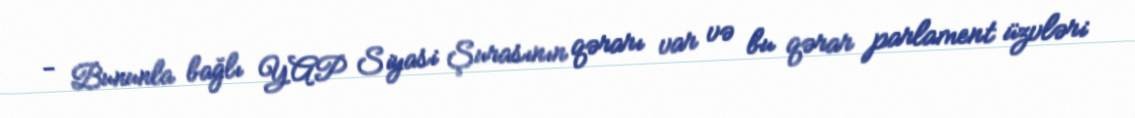
- Bununla bağlı YAP Siyasi Şurasının qərarı var və bu qərar parlament üzvləri